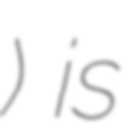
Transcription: বিশ্বাস) is